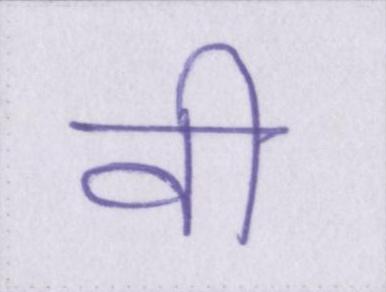
वी